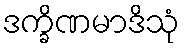
ဒက္ခိဏမာဒိသုံ